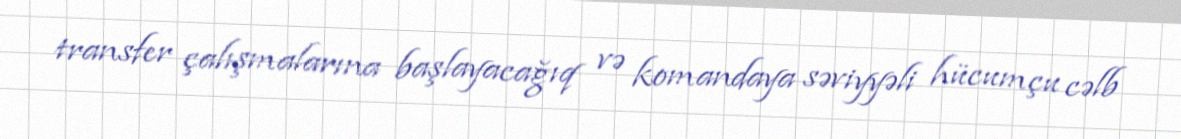
transfer çalışmalarına başlayacağıq və komandaya səviyyəli hücumçu cəlb